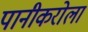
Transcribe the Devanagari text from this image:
पानीकरोला